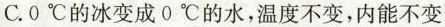
C.0℃的冰变成0℃的水，温度不变，内能不变